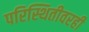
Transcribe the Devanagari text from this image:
परिस्थितीवरही